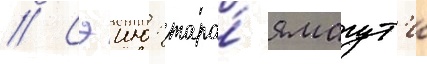
// Сэию: таро́ ямагут'и